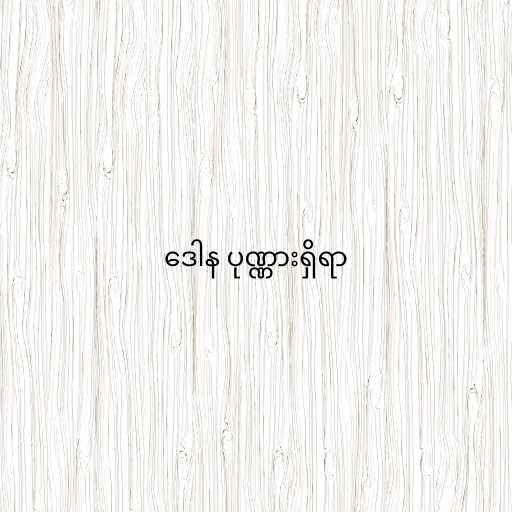
ဒေါန ပုဏ္ဏားရှိရာ